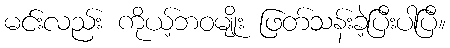
မင်းလည်း ကိုယ့်ဘဝမျိုး ဖြတ်သန်းခဲ့ပြီးပါပြီ။